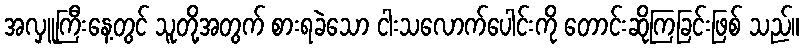
အလှူကြီးနေ့တွင် သူတို့အတွက် စားရခဲသော ငါးသလောက်ပေါင်းကို တောင်းဆိုကြခြင်းဖြစ် သည်။